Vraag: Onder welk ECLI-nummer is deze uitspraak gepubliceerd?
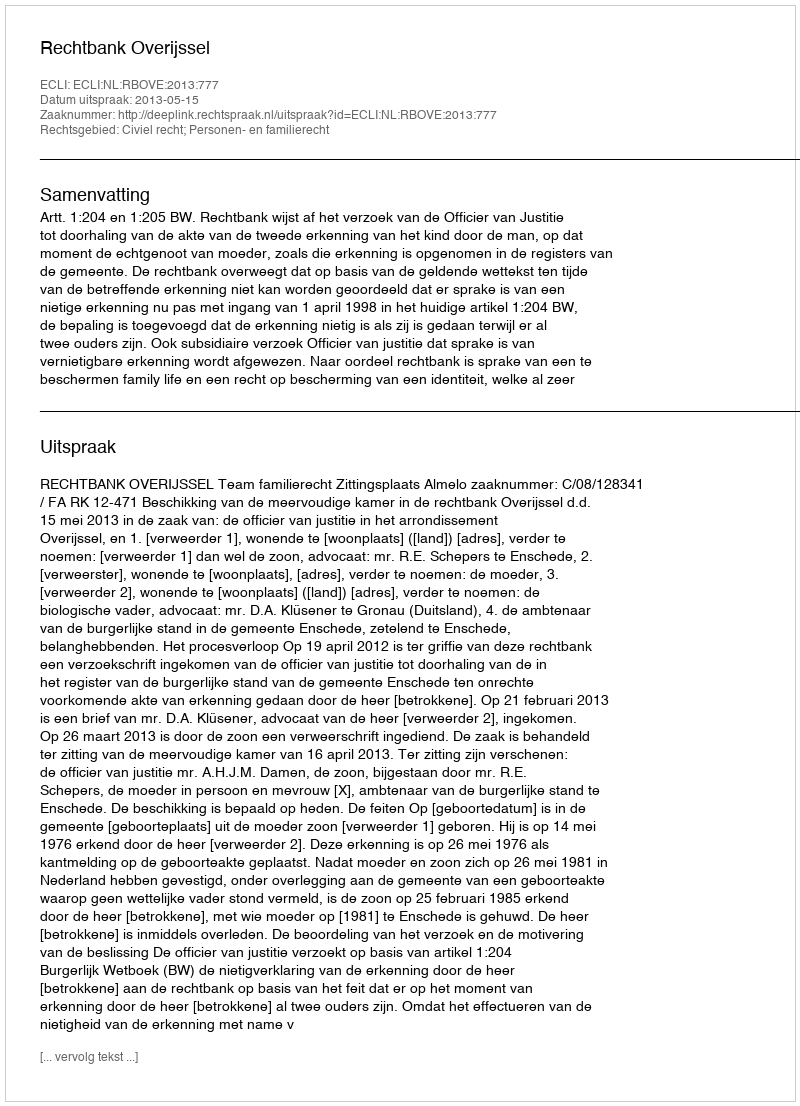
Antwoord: ECLI:NL:RBOVE:2013:777